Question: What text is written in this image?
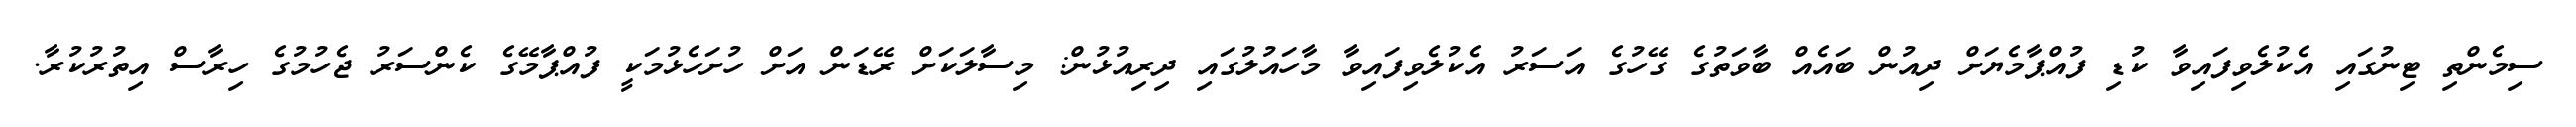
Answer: ސިމެންތި ޓިނުގައި އެކުލެވިފައިވާ ކުޑި ފުއްޕާމެޔަށް ދިއުން ބައެއް ބާވަތުގެ ގޭހުގެ އަސަރު އެކުލެވިފައިވާ މާހައުލުގައި ދިރިއުޅުން: މިސާލަކަށް ރޭޑަން އަށް ހުށަހެޅުމަކީ ފުއްޕާމޭގެ ކެންސަރު ޖެހުމުގެ ހިރާސް އިތުރުކުރާ.